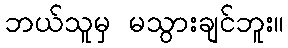
ဘယ်သူမှ မသွားချင်ဘူး။